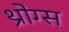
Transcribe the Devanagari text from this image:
थ्रोग्स